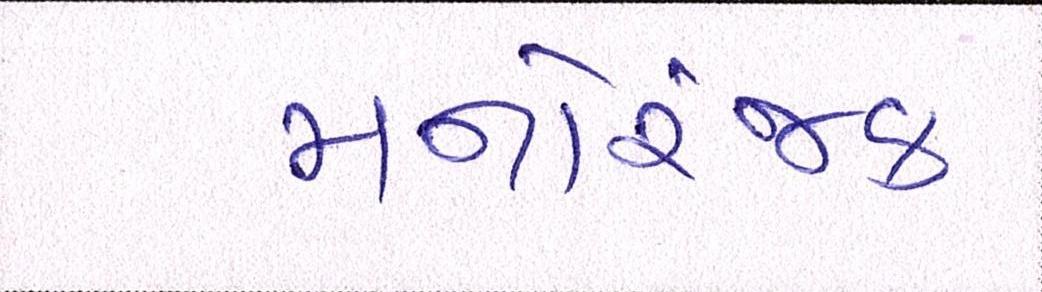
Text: મનોરંજક